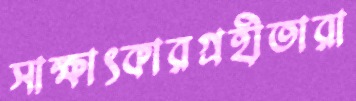
সাক্ষাৎকারগ্রহীতারা